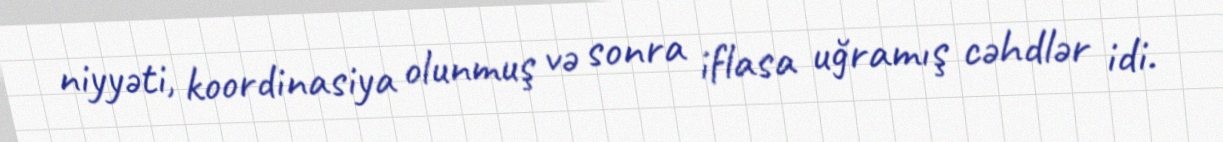
niyyəti, koordinasiya olunmuş və sonra iflasa uğramış cəhdlər idi.